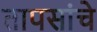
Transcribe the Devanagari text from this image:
तापसांचे